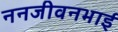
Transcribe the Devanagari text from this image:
ननजीवनभाई